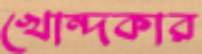
খোন্দকার